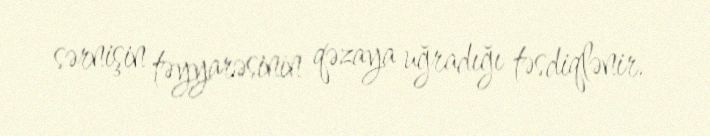
sərnişin təyyarəsinin qəzaya uğradığı təsdiqlənir.